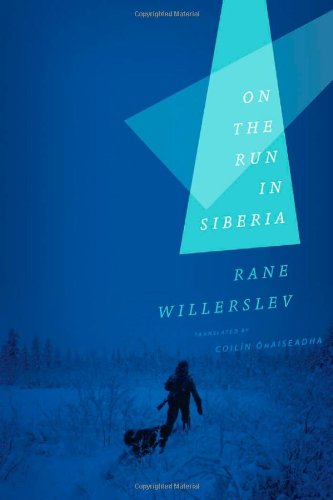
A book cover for On the Run in Siberia; Rane Willerslev; Travel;